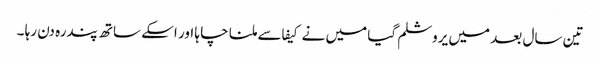
تین سال بعد میں یروشلم گیا میں نے کیفا سے ملنا چا ہا اور اسکے ساتھ پندرہ دن رہا ۔